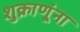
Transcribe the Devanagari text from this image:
शुक्राणूंना